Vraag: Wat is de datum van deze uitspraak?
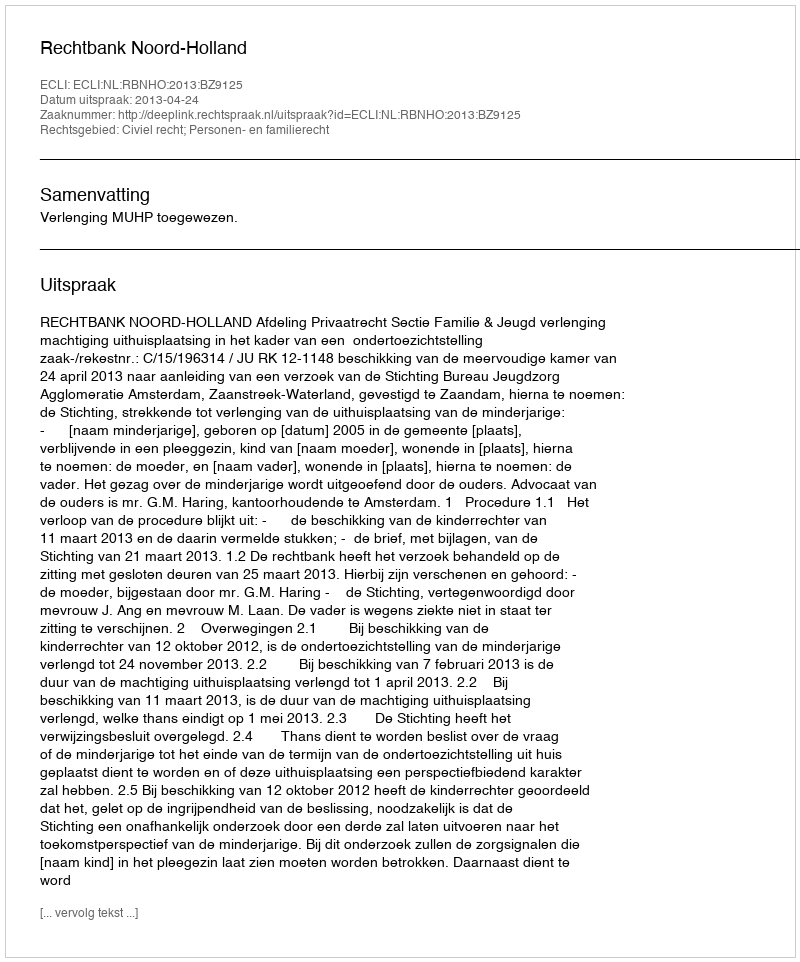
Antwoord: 2013-04-24